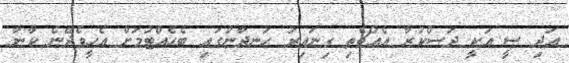
އަދި ސީ އަކީ ދަސްކުރާ އެއްޗެތި ގިނައިރު ހަނދާނުގައި ބެހެއްޓުމަށް އެހީވެދޭނެ ކާނާ